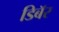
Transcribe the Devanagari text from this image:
डिबॅर